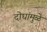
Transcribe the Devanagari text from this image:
दोघांमुळे